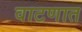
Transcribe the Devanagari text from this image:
वाटणात